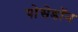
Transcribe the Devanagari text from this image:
पोसेडॉन